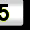
Digit: 5